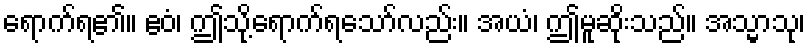
ရောက်ရ၏။ ဧဝံ၊ ဤသို့ရောက်ရသော်လည်း။ အယံ၊ ဤမူဆိုးသည်။ အသ္မာသု၊